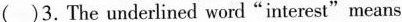
( )3.The underlined word"interest"means